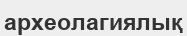
археолагиялық